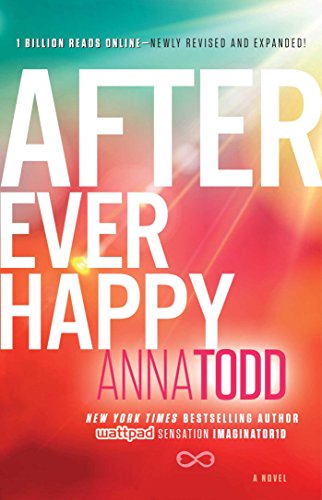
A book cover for After Ever Happy (The After Series); Anna Todd; Romance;